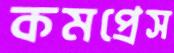
কমপ্রেস